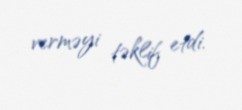
verməyi təklif etdi.